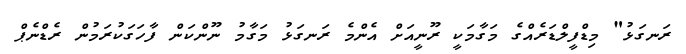
ރަނގަޅު" މިޑްފީލްޑަރެއްގެ މަގާމަކީ ރޫނީއަށް އެންމެ ރަނގަޅު މަގާމު ނޫންކަން ފާހަގަކުރަމުން ރެޑްނެޕް